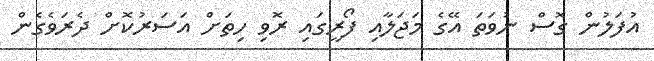
އުފަލުން ގޮސް ނުވަތަ އޭގެ މަޖަލާއި ފޯރީގައި ރޮވި ހިތަށް އަސަރުކޮށް ދެރަވެގެން